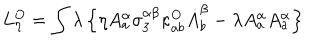
LaTeX: L _ { \eta } ^ { O } = \int \lambda \left\{ \eta A _ { a } ^ { \alpha } \sigma _ { 3 } ^ { \alpha \beta } \kappa _ { a b } ^ { O } \dot { A } _ { b } ^ { \beta } - \lambda A _ { a } ^ { \alpha } A _ { a } ^ { \alpha } \right\}